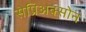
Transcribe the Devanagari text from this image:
सेप्रिअक्सोन